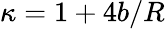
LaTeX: \kappa=1+4b/R